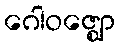
ဂေါဝဇ္ဈော